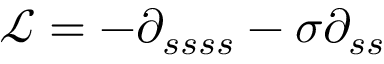
\mathcal { L } = - \partial _ { s s s s } - \sigma \partial _ { s s }